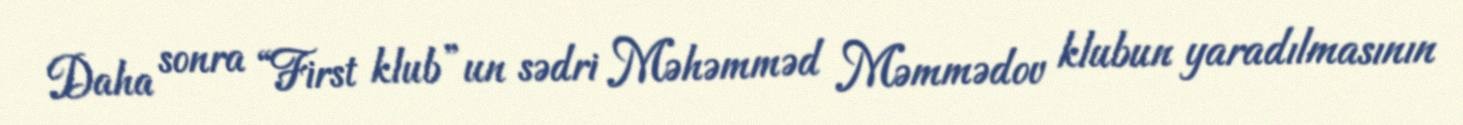
Daha sonra “First klub”un sədri Məhəmməd Məmmədov klubun yaradılmasının